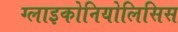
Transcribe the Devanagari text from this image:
ग्लाइकोनियोलिसिस